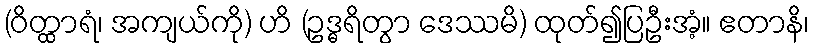
(ဝိတ္ထာရံ၊ အကျယ်ကို) ဟိ (ဥဒ္ဓရိတွာ ဒေဿမိ) ထုတ်၍ပြဦးအံ့။ ဧတာနိ၊